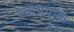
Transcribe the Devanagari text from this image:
स्वायपाक